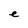
Character: e